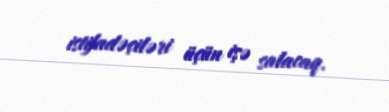
istifadəçiləri üçün işə salacaq.